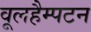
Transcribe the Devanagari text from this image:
वूलहैम्पटन